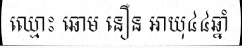
ឈ្មោះ ឆោម នឿន អាយុ៤៤ឆ្នាំ